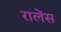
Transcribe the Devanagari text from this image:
रालेंस